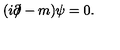
( i \partial \! \! \! / - m ) \psi = 0 .